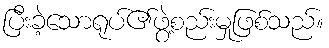
ပြီးခဲ့သောရုပ်၏ဖွဲ့စည်းမှုဖြစ်သည်။